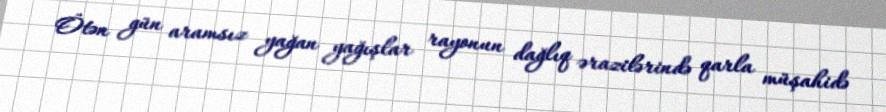
Ötən gün aramsız yağan yağışlar rayonun dağlıq ərazilərində qarla müşahidə